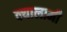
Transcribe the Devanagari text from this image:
क्यालामी